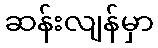
ဆန်းလျန်မှာ